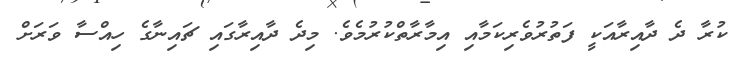
ކުރާ ދެ ދާއިރާއަކީ ފަތުރުވެރިކަމާއި އިމާރާތްކުރުމެވެ. މިދެ ދާއިރާގައި ޗައިނާގެ ހިއްސާ ވަރަށް